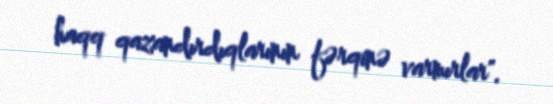
haqq qazandırdıqlarının fərqinə varmırlar".